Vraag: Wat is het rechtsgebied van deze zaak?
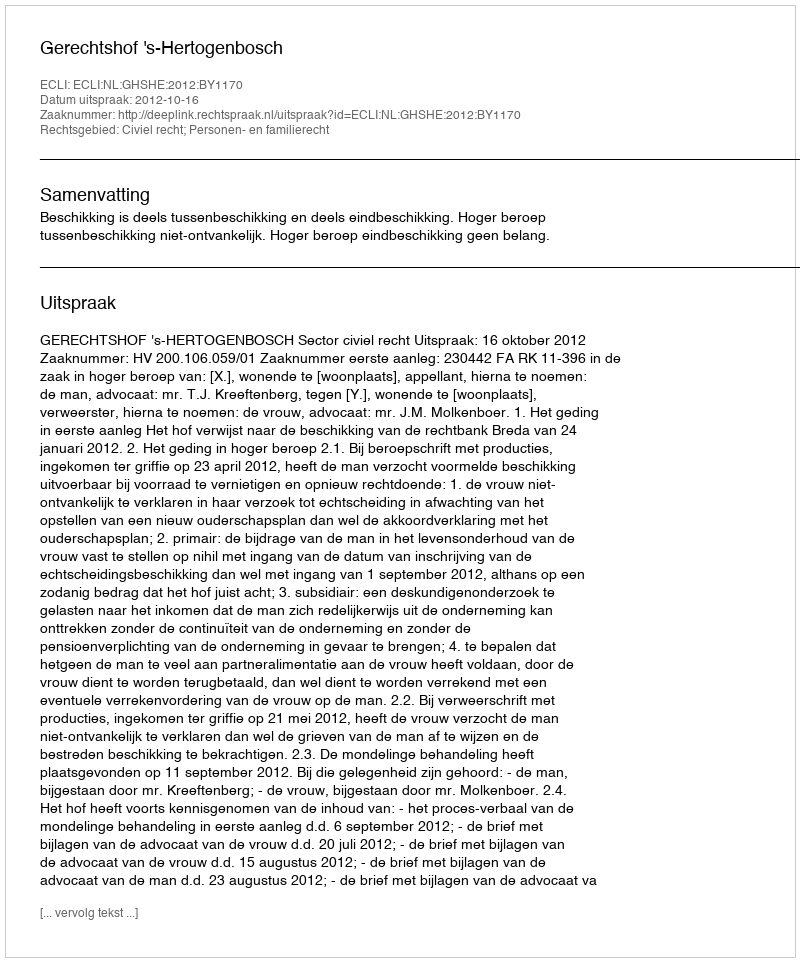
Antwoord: Civiel recht; Personen- en familierecht